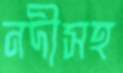
নদীসহ